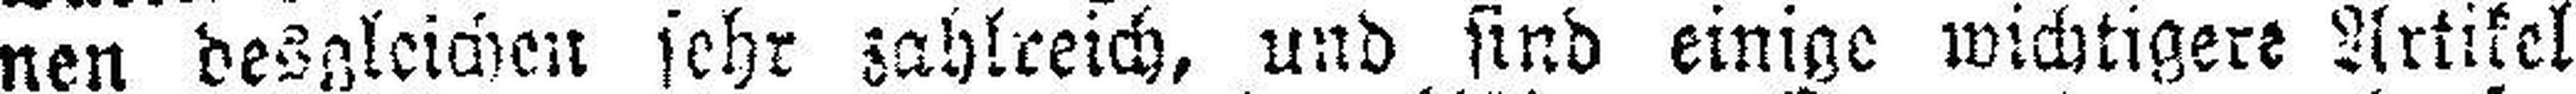
nen desgleichen sehr zahlreich, und sind einige wichtigere Artikel